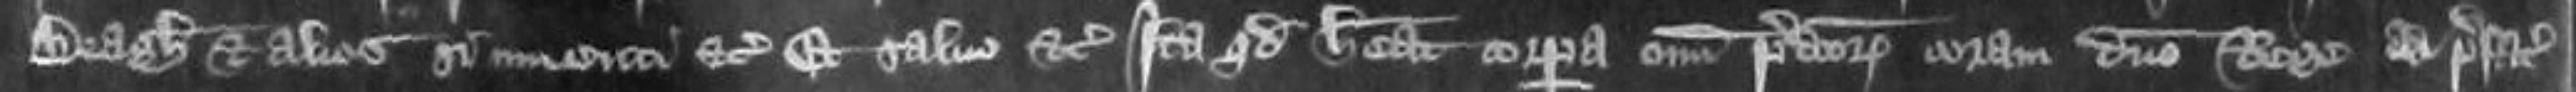
Beagh et alios si inventi etc et Salvo etc Ita quod habeat corpora omnium predictorum coram domino Rege at prefatum